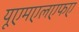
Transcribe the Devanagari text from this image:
यूएमएलएफए